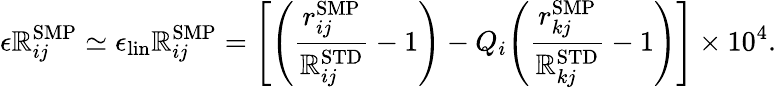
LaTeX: \epsilon\mathbb{R}_{ij}^{\mathrm{{{SMP}}}}\simeq\epsilon_{\mathrm{{lin}}}\mathbb{R}_{ij}^{\mathrm{{SMP}}}={\left[{\left(\frac{{r_{ij}^{\mathrm{{SMP}}}}}{{\mathbb{R}_{ij}^{\mathrm{{{STD}}}}}}-1\right)}-Q_{i}{\left(\frac{{r_{kj}^{\mathrm{{SMP}}}}}{{\mathbb{R}_{kj}^{\mathrm{{{STD}}}}}}-1\right)}\right]}\times10^{4}.